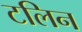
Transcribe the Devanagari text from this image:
टलिन